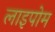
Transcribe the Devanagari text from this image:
लाइपोम